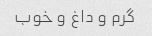
گرم و داغ و خوب